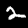
Label: 2